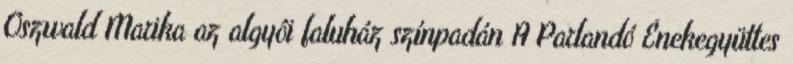
Oszwald Marika az algyôi faluház színpadán A Parlandó Énekegyüttes